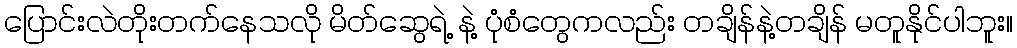
ပြောင်းလဲတိုးတက်နေသလို မိတ်ဆွေရဲ့ နဲ့ ပုံစံတွေကလည်း တချိန်နဲ့တချိန် မတူနိုင်ပါဘူး။